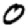
Digit: 0